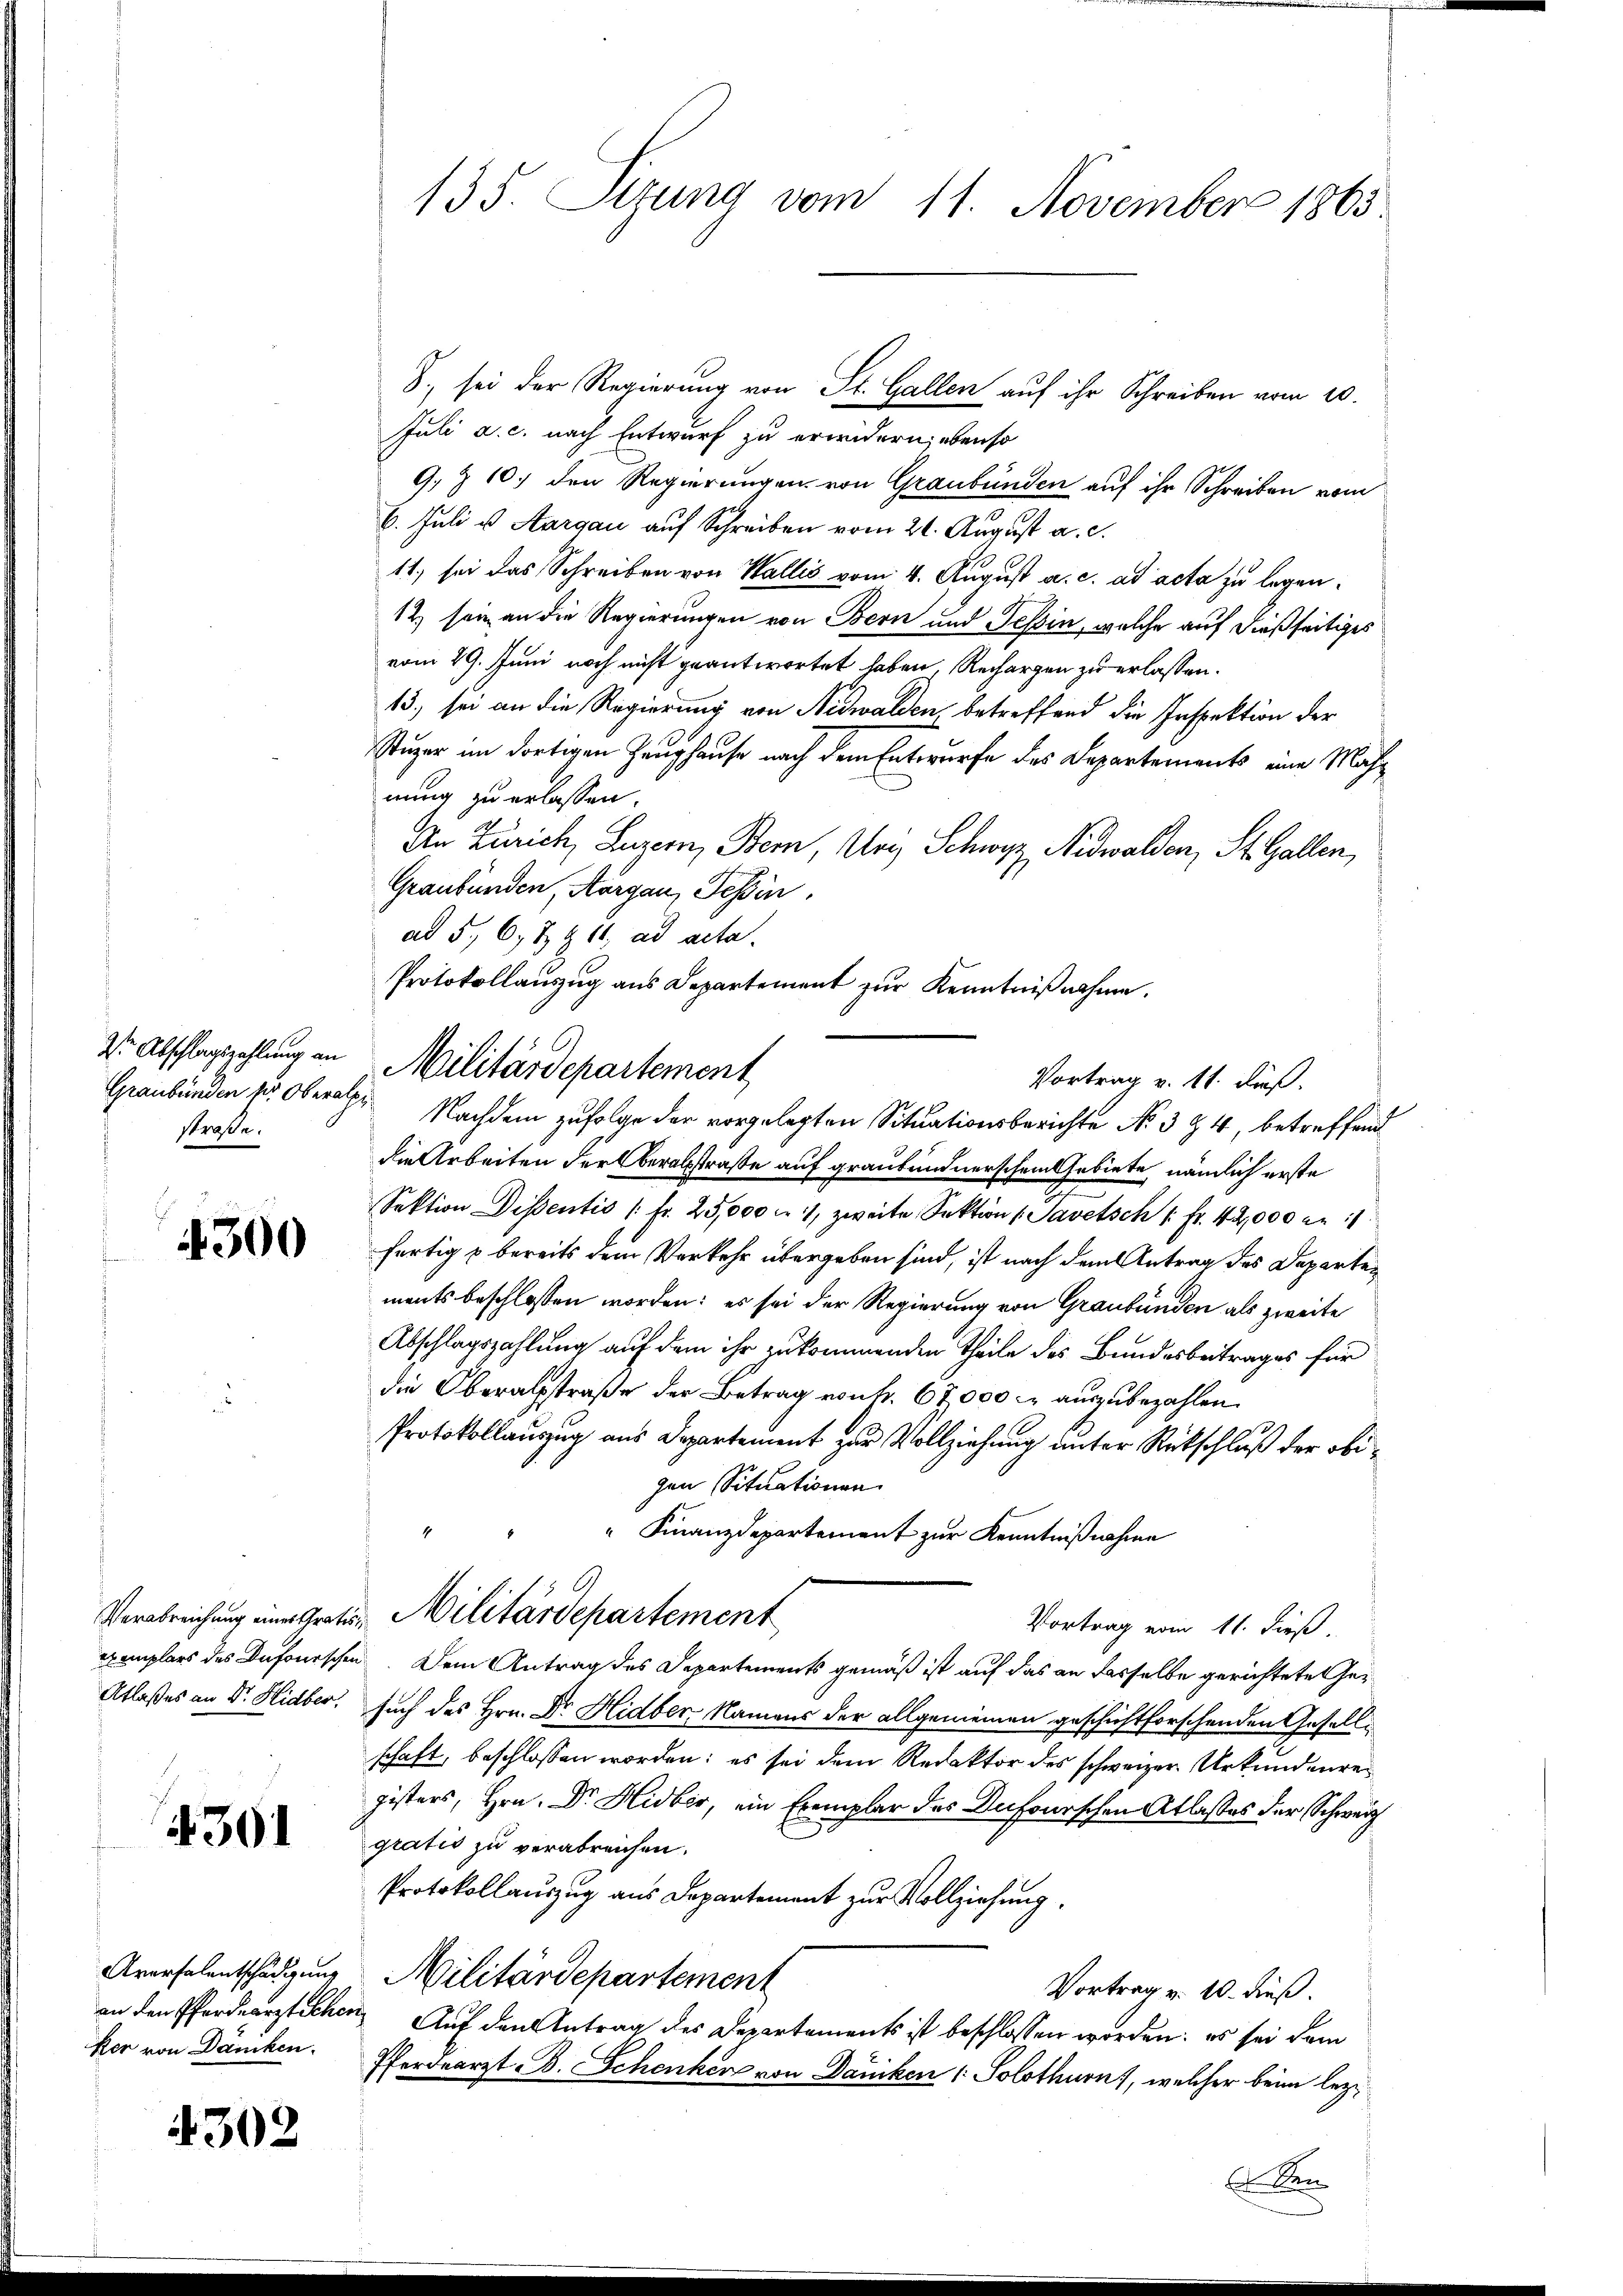
2te Abschlagszahlung an
Graubünden der Obera
straße.

300

Verabreichung eines Grates,
exemplars des Dufourschen
Atlaßes an Dr. Hidber

430

Aversalentschädigung
an den Pferdearzt Schei
ker von Dancken.

4302

135. Sizung vom 11. November 1865

Juli a. c. nach Entwurf zu erindern, ebenso
G. § 10. den Regierungen von Graubünden auf ihr Schreiben vom
6. Juli u. Aargau auf Schreiben vom 21. August a. c.
11) sei das Schreiben von Wallis vom 4. August a. c. ad acta zu legen.
12, sein an die Regierungen von Bern und Tessin, welche auf dießseitiges
vom 29. Juni noch nicht geantwortet haben Rechargen zu erlassen.
13, sei an die Regierung von Nidwalden betreffend die Inspektion der
Stuzer im dortigen Zeughause nach dem Entwurfe des Departements eine Mahnung zu erlassen.
An Zürich, Luzern, Bern, Ury Schwyz, Nidwalden, St. Gallen,
Graubünden, Aargau, Tessin,
ad 5., 6, 7 § 11, ad acta.
Protokollauszug aus Departement zur Kenntnißnahme.
 Nachdem zufolge der vorgelegten Situationsberichte No 324, betreffend
die Arbeiten der beralstraße auf graubündnerschen Gebiete, nämlich erste
Sektion Dissentis 1 Fr. 25,000 f 1, zweite Sektion ( Savetsch 1 Fr. 42,000 nr 11
fertig u bereits dem Verkehr übergeben sind, ist nach dem Antrag des Departements beschlossen worden: es sei der Regierung von Graubünden als zweite
Abschlagszahlung auf dem ihr zukommenden Theile des Bundesbeitrages für
die Oberalstraße der Betrag von Fr. 67,000 M auszubezahlen.
Protokollauszug aus Departement zur Vollziehung unter Rückschluß der obigen Situationen
" Finanzdepartement zur Kenntnißnahme
Militärdepartement
Vortrag vom 11. dieß.
Dem Antrag des Departements gemäß ist auf das an dasselbe gerichtete Gesuch des Hrn. Dr. Hidber Namens der allgemeinen geschichtforschenden Gesellschaft, beschlossen worden; es sei dem Redaktor des schweizer Urkundenregisters, Hrn. Dr. Hidber, ein Exemplar des Dufourschen Atlasses der Schweiz
gratis zu verabreichen.
Protokollauszug aus Departement zur Vollziehung,
Militärdepartement
Vortrag v. 10. dieß.
Auf den Antrag des Departements ist beschlossen worden: es sei dem
Pferdearzt B. Schenken von Däniken 1. Solothurn, welcher beim lezen

Militärdepartement

S., sei der Regierung von St. Gallen auf ihr Schreiben vom 10.

Vortrag v. 11. Fuß.